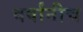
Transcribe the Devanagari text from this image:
वर्षांनीच